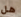
هل